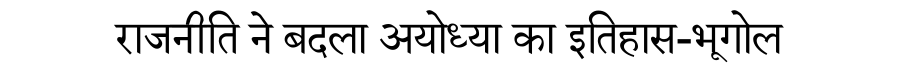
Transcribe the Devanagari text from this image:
राजनीति ने बदला अयोध्या का इतिहास-भूगोल